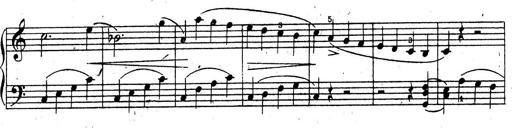
Title: 10 Sonatinas
Composer: Fritz Spindler